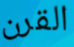
القرن